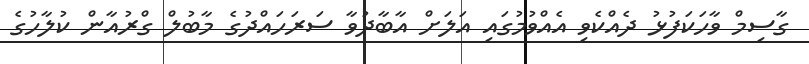
ގާސިމް ވާހަކަފުޅު ދެއްކެވި އެއްވުމުގައި އަލަށް އާބާދުވާ ސަރަހައްދުގެ މާބުލް ގްރުއާން ކުލާހުގެ